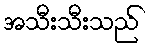
အသီးသီးသည်